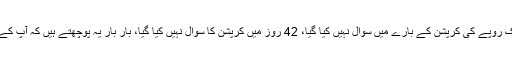
مریم نواز نے کہا کہ مجھ سے ایک روپے کی کرپشن کے بارے میں سوال نہیں کیا گیا، 42 روز میں کرپشن کا سوال نہیں کیا گیا، بار بار یہ پوچھتے ہیں کہ آپ کے دادا نے آپ کو کاروبار کیوں دیا۔